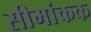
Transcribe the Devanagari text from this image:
सीमांकक